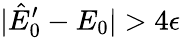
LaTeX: |\hat{E}_{0}^{\prime}-E_{0}|>4\epsilon